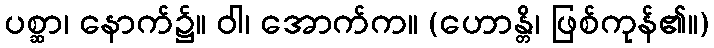
ပစ္ဆာ၊ နောက်၌။ ဝါ၊ အောက်က။ (ဟောန္တိ၊ ဖြစ်ကုန်၏။)